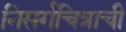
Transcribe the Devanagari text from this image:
निसर्गचित्राची